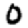
Digit: 0